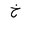
Letter: _kha